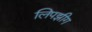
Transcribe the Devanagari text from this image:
लिपझीग